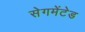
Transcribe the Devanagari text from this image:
सेगमेंटेड